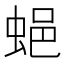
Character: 𧋾